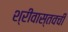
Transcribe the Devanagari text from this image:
श्रीवास्तवची